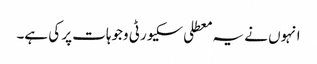
انہوں نے یہ معطلی سکیورٹی وجوہات پر کی ہے۔